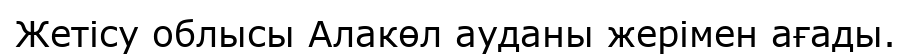
Жетісу облысы Алакөл ауданы жерімен ағады.